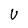
Character: U